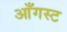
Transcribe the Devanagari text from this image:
आँगस्ट